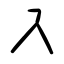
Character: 入